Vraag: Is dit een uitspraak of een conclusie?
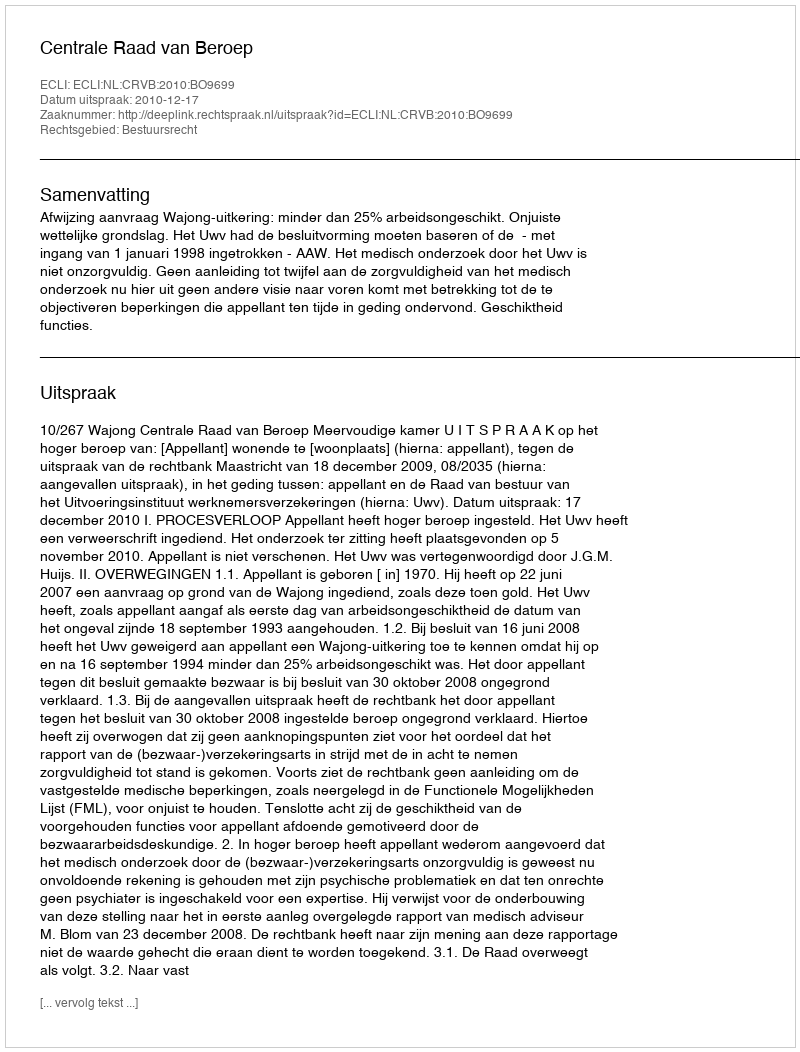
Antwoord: Uitspraak